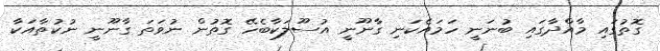
ގޮތުގައި މާއްދާގައި ބުނަނީ ހަމައެކަނި ގާނޫނީ އުސޫލަކާބެހޭ ގޮތުން ނުވަތަ ގާނޫނީ ނުކުތާއަކާ